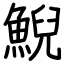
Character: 鯢